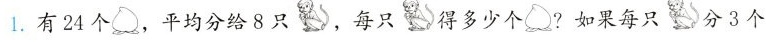
1.有24个桃，平均分给8只猴，每只猴得多少个桃?如果每只猴分3个